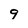
Character: 9